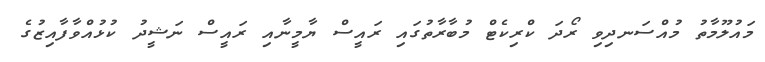
މައުލޫމާތު މުއްސަނދިވި ރޯދަ ކްރިކެޓް މުބާރާތުގައި ރައީސް ޔާމީނާއި ރައީސް ނަޝީދު ކުޅުއްވާފާއިޒުގެ